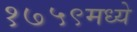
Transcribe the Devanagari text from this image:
१७५९मध्ये